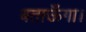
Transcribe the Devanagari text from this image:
बताऊँगा।